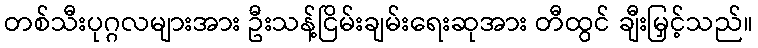
တစ်သီးပုဂ္ဂလများအား ဦးသန့်ငြိမ်းချမ်းရေးဆုအား တီထွင် ချီးမြှင့်သည်။